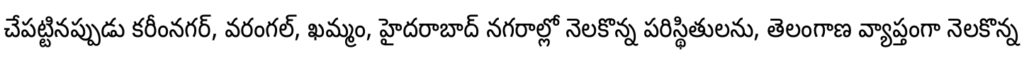
చేపట్టినప్పుడు కరీంనగర్, వరంగల్, ఖమ్మం, హైదరాబాద్ నగరాల్లో నెలకొన్న పరిస్థితులను, తెలంగాణ వ్యాప్తంగా నెలకొన్న